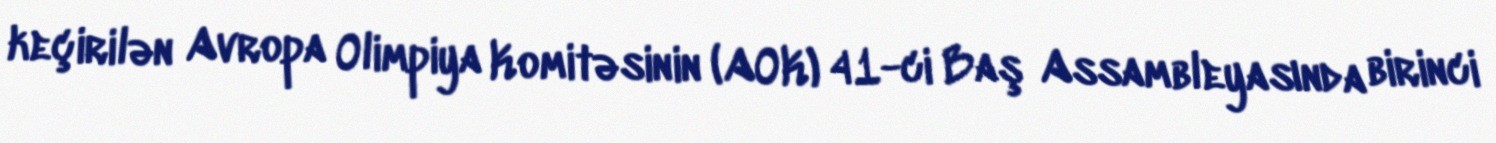
keçirilən Avropa Olimpiya Komitəsinin (AOK) 41-ci Baş Assambleyasında birinci